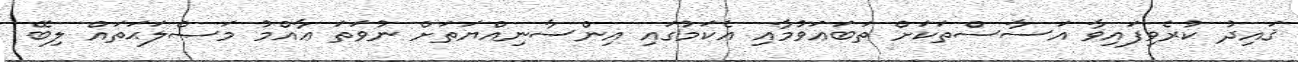
ޤައިދު ކުރެވިފައިވާ އަސާސްތަކަށް ތަބަޢަވުމާއި އެކަމުގައި އިންސާނިއްޔަތަށް ނުވަތަ ޢާއްމު މަޞްލަޙަތައް ލިބޭ